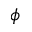
\phi